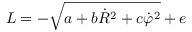
{ \cal L } = - \sqrt { a + b \dot { R } ^ { 2 } + c \dot { \varphi } ^ { 2 } } + e